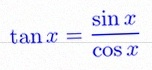
\tan x=\frac{\sin x}{\cos x}